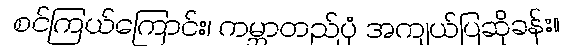
စင်ကြယ်ကြောင်း၊ ကမ္ဘာတည်ပုံ အကျယ်ပြဆိုခန်း။